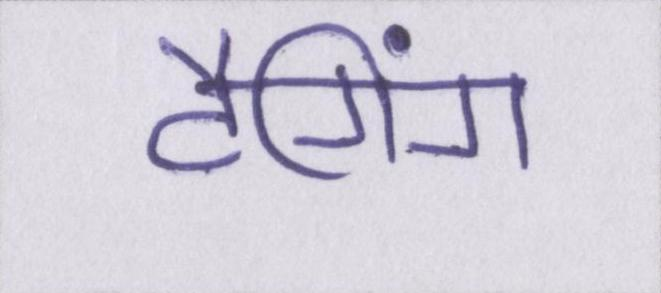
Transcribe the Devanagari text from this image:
टैगिंग